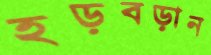
হড়বড়ান